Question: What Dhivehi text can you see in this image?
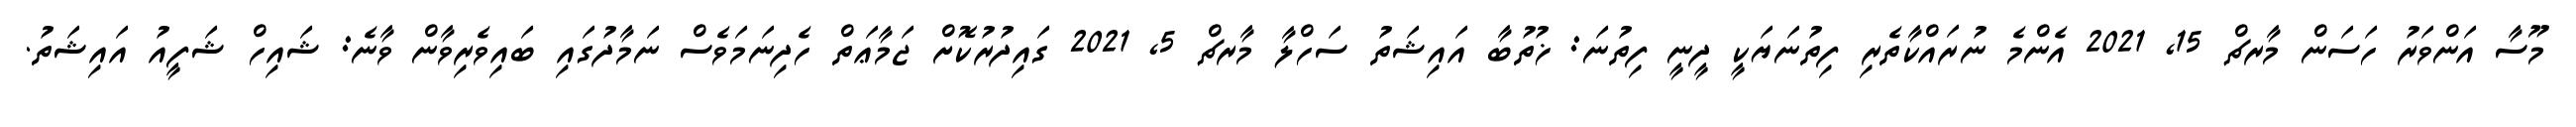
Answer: މޫސާ އަންވަރު ހަސަން މާރޗް 15, 2021 އެންމެ ނުރައްކާތެރި ފިތުނަޔަކީ ދީނީ ފިތުނަ: ޚުތުބާ އައިޝަތު ސަހްލާ މާރޗް 5, 2021 ގައިދުރުކޮށް ޖަމާޢަތް ހެދިނަމަވެސް ނަމާދުގައި ބައިވެރިވާން ވާނެ: ޝައިހް ޝަފީއު އައިޝަތު.